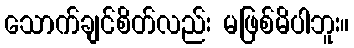
သောက်ချင်စိတ်လည်း မဖြစ်မိပါဘူး။